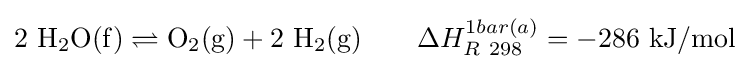
\mathrm {2\ H_{2}O(f)\rightleftharpoons O_{2}(g)+2\ H_{2}(g)} \qquad \Delta H_{R\ 298}^{1bar(a)}=-286\ \mathrm {kJ/mol}